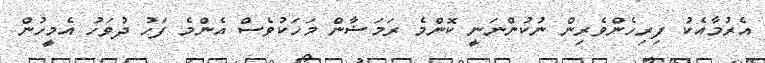
އެރުމާއެކު ފިރިހެންވެރިން ނުކުންނަނީ ކޮންމެ ރަމަޟާން މަހަކުވެސް އެންމެ ފަހު ދުވަހު އެމީހުން